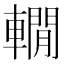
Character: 𨎫